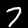
Digit: 7